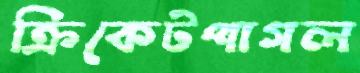
ক্রিকেটপাগল